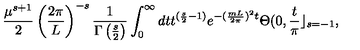
\frac { \mu ^ { s + 1 } } { 2 } \left( \frac { 2 \pi } { L } \right) ^ { - s } \frac { 1 } { \Gamma \left( \frac { s } { 2 } \right) } \int _ { 0 } ^ { \infty } d t t ^ { ( \frac { s } { 2 } - 1 ) } e ^ { - ( \frac { m L } { 2 \pi } ) ^ { 2 } t } \Theta ( 0 , \frac { t } { \pi } \rfloor _ { s = - 1 } ,